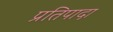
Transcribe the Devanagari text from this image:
प्रतिपादा